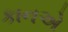
કાનએ